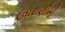
ઉઘરાણીનો